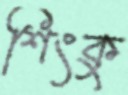
শিংকু